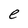
Character: e